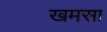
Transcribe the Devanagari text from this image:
खमसा